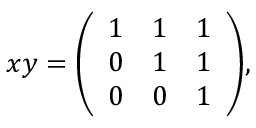
x y = { \left( \begin{array} { l l l } { 1 } & { 1 } & { 1 } \\ { 0 } & { 1 } & { 1 } \\ { 0 } & { 0 } & { 1 } \end{array} \right) } ,